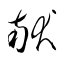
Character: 献